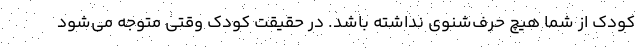
کودک از شما هیچ حرف‌شنوی نداشته باشد. در حقیقت کودک وقتی متوجه می‌شود